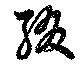
綴